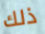
ذلك